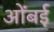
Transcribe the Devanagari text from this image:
ओंबई